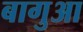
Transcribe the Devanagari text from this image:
बागुआ